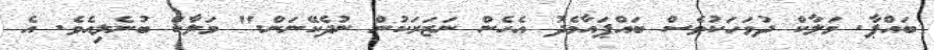
ބައްޕާ. މަލާކް ދުވަހަކުވެސް ބައްޕައާމެދު އެހެން ނަޒަރަކުން ނުދެކޭނަން." މަލާކް ބުނެލިއެވެ. އެ